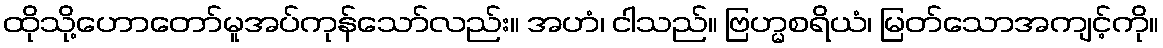
ထိုသို့ဟောတော်မူအပ်ကုန်သော်လည်း။ အဟံ၊ ငါသည်။ ဗြဟ္မစရိယံ၊ မြတ်သောအကျင့်ကို။